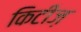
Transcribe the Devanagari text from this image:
किटीज़